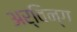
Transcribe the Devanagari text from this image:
अर्विन्ग